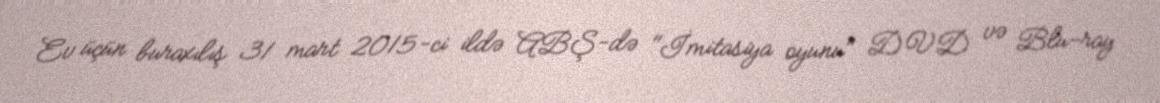
Ev üçün buraxılış 31 mart 2015-ci ildə ABŞ-də "İmitasiya oyunu" DVD və Blu-ray